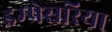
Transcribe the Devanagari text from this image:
इम्प्रेसरिया